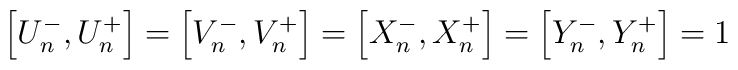
\left[  U_{n}^{-},U_{n}^{+}\right]  =\left[  V_{n}^{-},V_{n}^{+}\right]=\left[  X_{n}^{-},X_{n}^{+}\right]  =\left[  Y_{n}^{-},Y_{n}^{+}\right]  =1